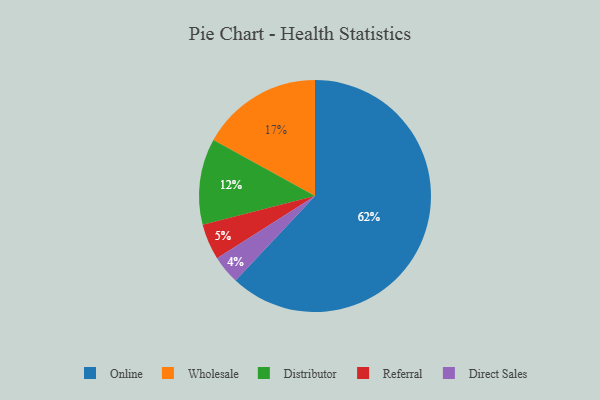
{"axis": {"x": "Category", "y": "Percentage"}, "legend": ["Direct Sales", "Distributor", "Online", "Referral", "Wholesale"], "data": [{"x": "Referral", "y": 5, "type": "Referral"}, {"x": "Direct Sales", "y": 4, "type": "Direct Sales"}, {"x": "Online", "y": 62, "type": "Online"}, {"x": "Distributor", "y": 12, "type": "Distributor"}, {"x": "Wholesale", "y": 17, "type": "Wholesale"}]}